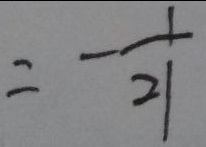
= - \frac { 1 } { 2 1 }